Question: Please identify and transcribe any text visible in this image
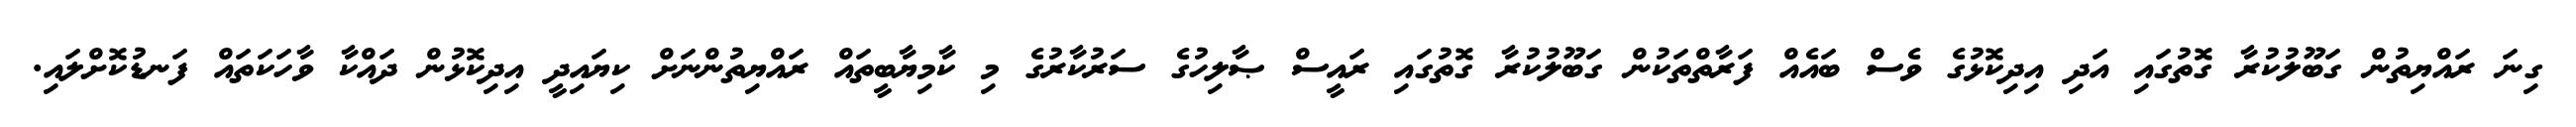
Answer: ގިނަ ރައްޔިތުން ގަބޫލުކުރާ ގޮތުގައި އަދި އިދިކޮޅުގެ ވެސް ބައެއް ފަރާތްތަކުން ގަބޫލުކުރާ ގޮތުގައި ރައީސް ޞާލިހުގެ ސަރުކާރުގެ މި ކާމިޔާބީތައް ރައްޔިތުންނަށް ކިޔައިދީ އިދިކޮޅުން ދައްކާ ވާހަކަތައް ފަނޑުކޮށްލައި.